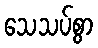
သေသပ်စွာ